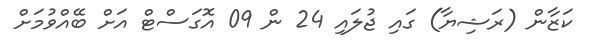
ކަޒާން (ރަޝިޔާ) ގައި ޖުލައި 24 ން 09 އޮގަސްޓް އަށް ބޭއްވުމަށް